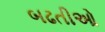
બઢતીઓ